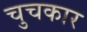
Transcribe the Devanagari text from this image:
चुचकार